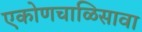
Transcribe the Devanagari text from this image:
एकोणचाळिसावा